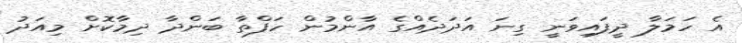
އެ ހަމަލާ ދީފައިވަނީ ގިނަ އަދަދެއްގެ އާންމުން ހަފްތާ ބަންދާ ދިމާކޮށް މިއަދު